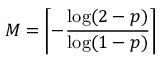
M = \left\lceil - { \frac { \log ( 2 - p ) } { \log ( 1 - p ) } } \right\rceil